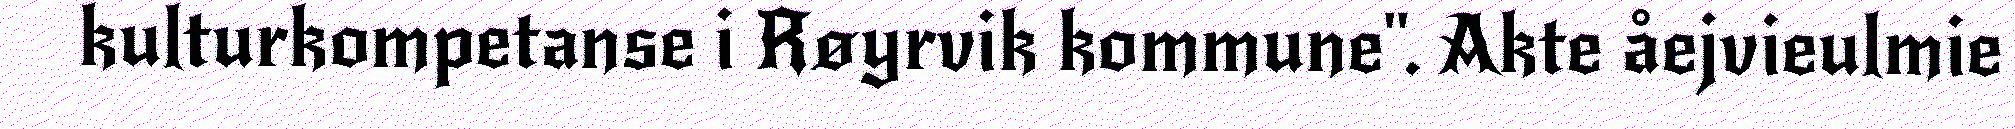
kulturkompetanse i Røyrvik kommune". Akte åejvieulmie